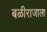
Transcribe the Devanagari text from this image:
बळीराजाला